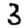
Digit: 3